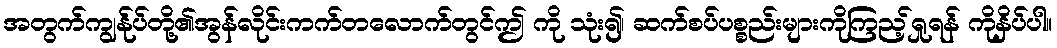
အတွက်ကျွန်ုပ်တို့၏အွန်လိုင်းကက်တလောက်တွင်ဤ ကို သုံး၍၊ ဆက်စပ်ပစ္စည်းများကိုကြည့်ရှုရန် ကိုနှိပ်ပါ။